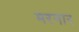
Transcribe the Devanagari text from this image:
मरनार